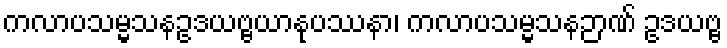
ကလာပသမ္မသနဥဒယဗ္ဗယာနုပဿနာ၊ ကလာပသမ္မသနဉာဏ် ဥဒယဗ္ဗ